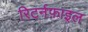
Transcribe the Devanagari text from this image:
रिटर्नफ़ाइल